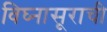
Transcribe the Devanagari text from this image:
विघ्‍नासूराची